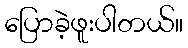
ပြောခဲ့ဖူးပါတယ်။